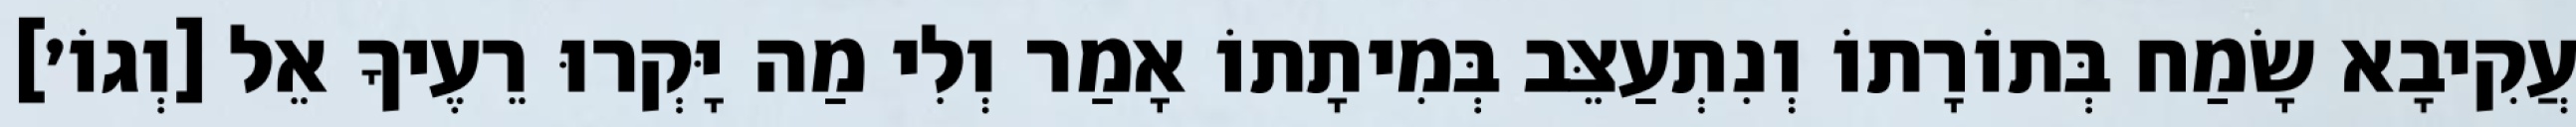
עֲקִיבָא שָׂמַח בְּתוֹרָתוֹ וְנִתְעַצֵּב בְּמִיתָתוֹ אָמַר וְלִי מַה יָּקְרוּ רֵעֶיךָ אֵל [וְגוֹ׳]